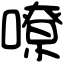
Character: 嘹